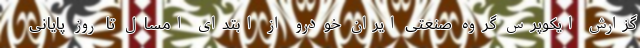
گزارش ایکوپرس گروه صنعتی ایران خودرو از ابتدای امسال تا روز پایانی